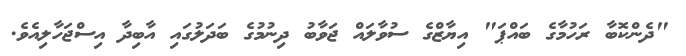
"ދެންކޮބާ ރަހުމާގެ ބައްޕަ" އިޔާޒްގެ ސުވާލައް ޖަވާބު ދިނުމުގެ ބަދަލުގައި އާބިދާ އިސްޖަހާލިއެވެ.